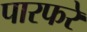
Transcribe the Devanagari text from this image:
पारफरे